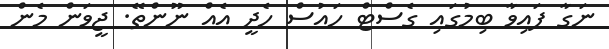
ނަގާ ފައިވާ ބިމުގައި ގެސްޓް ހައުސް ހެދީ އެއް ނޫންތޭ. ޖީވަން މެން